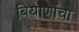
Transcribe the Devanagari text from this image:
बियाणांचा